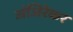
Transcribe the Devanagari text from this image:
जंजिरेकर